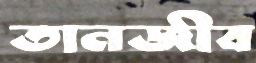
তানজীব